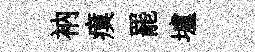
衲瘼罷壚